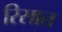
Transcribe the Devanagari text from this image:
रिसात